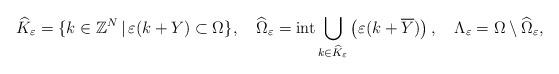
LaTeX: \begin{align*}\widehat{K}_{\varepsilon}=\{ k\in\mathbb{Z}^{N} \, \vert\, \varepsilon(k+Y)\subset\Omega\}, \quad\widehat\Omega_{\varepsilon}= \mathrm{int}\bigcup\limits_{k\in\widehat{K}_{\varepsilon}}\left( \varepsilon(k+\overline{Y})\right) , \quad\Lambda_{\varepsilon}=\Omega\setminus\widehat\Omega_{\varepsilon},\end{align*}